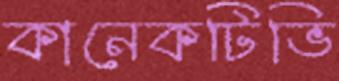
কানেকটিভি